Lunatic asylums United Provinces 1909-1921 - 1909-1921
Year: 1909
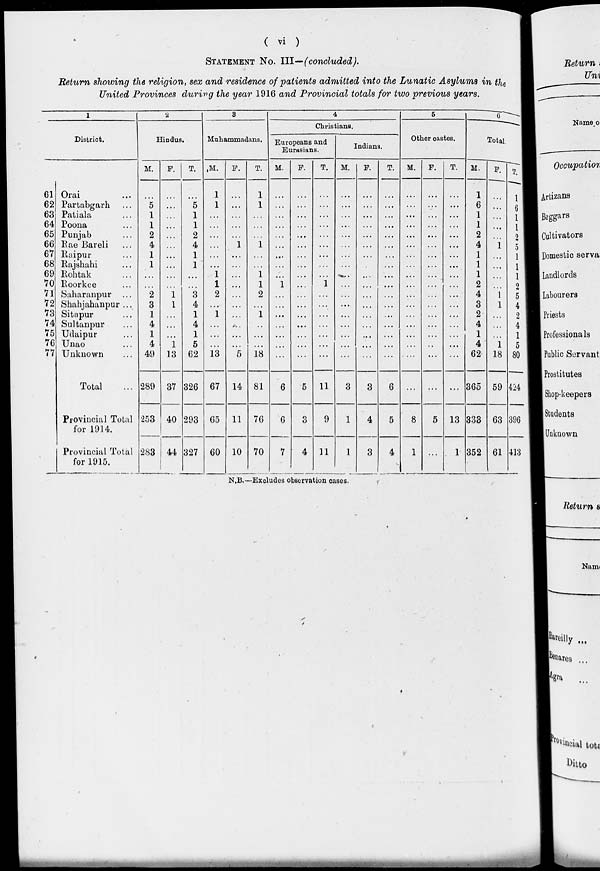
( vi )
STATEMENT No. III—(concluded).
Return showing the religion, sex and residence of patients admitted into the Lunatic Asylums in the
United Provinces during the year 1916 and Provincial totals for two previous years.
1
District.
61
62
63
64
65
66
67
68
69
70
71
72
73
74
75
76
77
Orai ...
Partabgarh ...
Patiala ...
Poona ...
Punjab ...
Rae Bareli ...
Raipur ...
Rajshahi ...
Rohtak ...
Roorkee ...
Saharanpur ...
Shahjahanpur ...
Sitapur ...
Sultanpur …
Udaipur …
Unao …
Unknown ...
Total ...
Provincial Total
for 1914.
Provincial Total
for 1915.
2
Hindus.
M.
…
5
1
1
2
4
1
1
...
…
2
3
1
4
1
4
49
289
253
283
F.
…
…
…
…
…
…
…
…
…
…
1
1
…
…
...
1
13
37
40
44
T.
…
5
1
1
2
4
1
1
…
…
3
4
1
4
1
5
62
326
293
327
3
Muhammadans.
M.
1
1
...
…
...
...
...
...
1
1
2
...
1
...
...
...
13
67
65
60
F.
…
…
...
…
...
1
…
…
...
...
…
...
…
…
...
...
5
14
11
10
T.
1
1
...
…
…
1
...
...
1
1
2
...
1
…
...
...
18
81
76
70
4
Christians.
Europeans and
Eurasians.
M.
…
…
...
…
...
...
…
...
…
1
...
...
...
…
…
...
...
6
6
7
F.
…
…
…
…
…
…
…
…
…
…
…
…
...
…
…
…
…
5
3
4
T.
…
...
...
...
…
...
…
…
…
1
…
…
...
…
…
…
...
11
9
11
Indians.
M.
…
...
...
...
…
...
…
…
…
…
...
...
...
...
…
...
...
3
1
1
F.
…
…
…
…
…
…
…
…
…
…
…
…
...
…
…
…
…
3
4
3
T.
…
…
…
…
…
…
…
…
…
…
…
…
...
…
…
…
…
6
5
4
5
Other castes.
M.
…
…
…
…
…
…
…
…
…
…
…
…
...
…
…
…
…
...
8
1
F.
…
…
…
…
…
…
…
…
…
…
…
…
...
…
…
…
...
...
5
...
T.
…
...
...
…
...
…
...
…
...
...
…
…
…
…
...
...
…
...
13
1
6
Total.
M.
1
6
1
1
2
4
1
1
1
2
4
3
2
4
1
4
62
365
333
352
F.
…
…
…
…
…
1
…
…
…
…
1
1
…
…
…
1
18
59
63
61
T.
1
6
1
1
2
5
1
1
1
2
5
4
2
4
1
5
80
424
396
413
N.B.—Excludes observation cases.